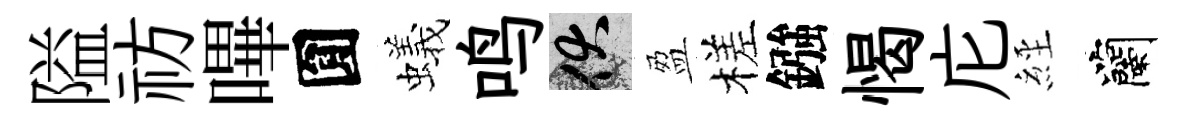
隘祊嗶圎蟻鸣伏盈槎鏹愒庀𦀇蘭